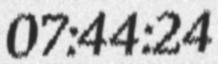
07:44:24